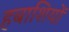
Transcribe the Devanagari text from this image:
हबाशियों